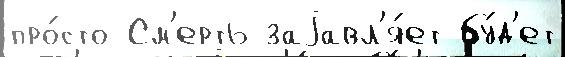
про́сто См'ерть заjавл'я́ет бу́д'ет